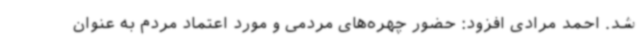
شد. احمد مرادی افزود: حضور چهره‌های مردمی و مورد اعتماد مردم به عنوان